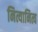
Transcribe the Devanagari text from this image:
नित्यानित्य